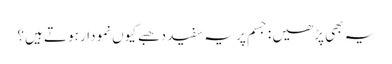
یہ بھی پڑھیں : جسم پر یہ سفید دھبے کیوں نمودار ہوتے ہیں؟